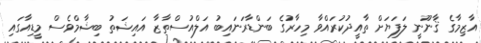
އާޒިމާގެ ޤާނޫނީ ލަފަޔަށް ތާއީދުކުރައްވާ މިހާރުގެ ބަންޑާރަނައިބު އަލްއުސްތާޒާ އައިޝަތު ބިޝާމްވެސް މީޑިއާގައި